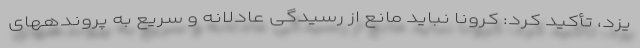
یزد، تأکید کرد: کرونا نباید مانع از رسیدگی عادلانه و سریع به پروندههای